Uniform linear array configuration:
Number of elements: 48
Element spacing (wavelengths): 0.5
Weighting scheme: kaiser
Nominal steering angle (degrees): -60
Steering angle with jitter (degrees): -58.733
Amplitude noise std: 0.05
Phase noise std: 0.05

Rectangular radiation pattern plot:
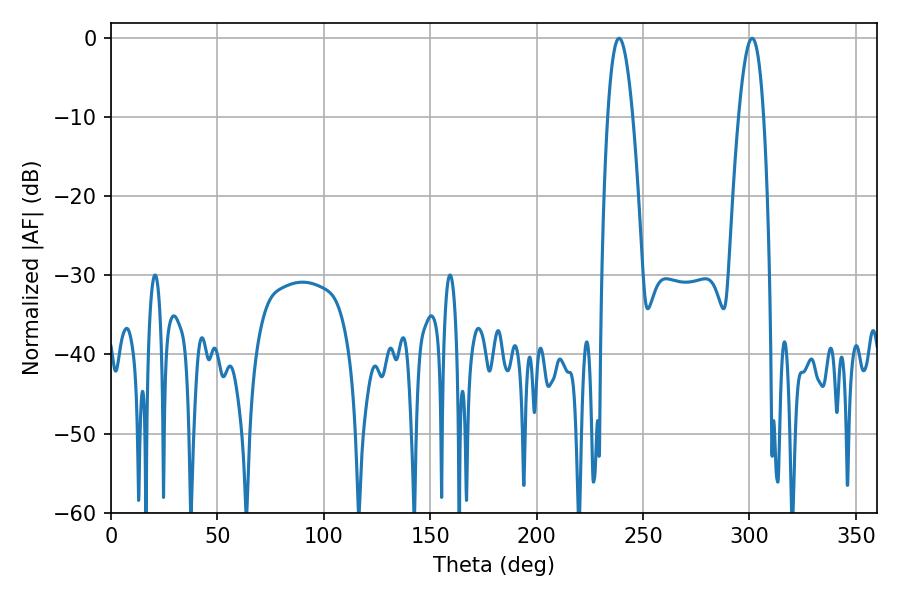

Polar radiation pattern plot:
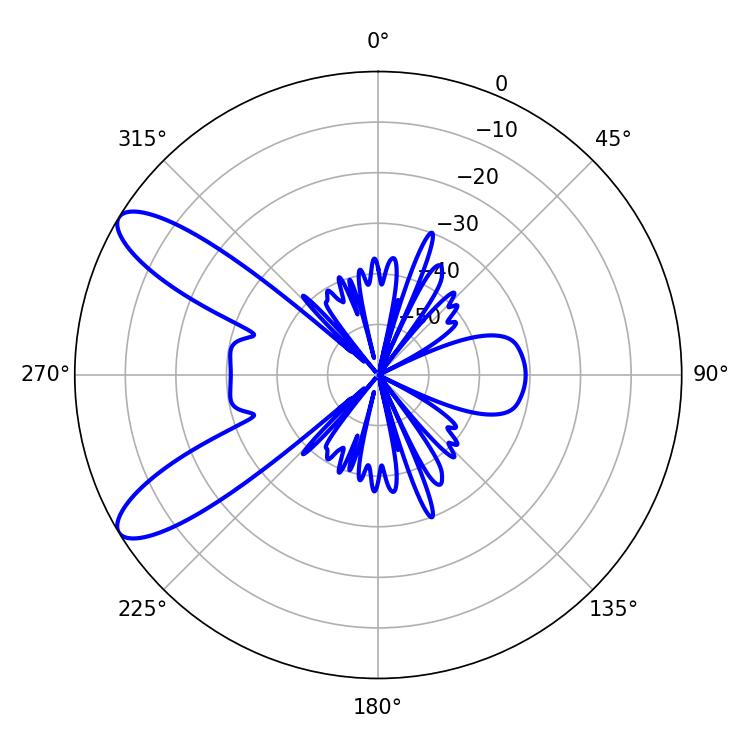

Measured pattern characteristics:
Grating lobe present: FALSE
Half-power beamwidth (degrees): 6.48
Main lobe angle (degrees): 238.68